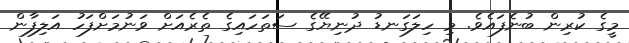
މީގެ ކުރިން ބުނެފައެވެ. މި ހިލަަގަނޑު ދުނިޔޭގެ ސަތަހައިގެ ތެރެއަށް ވަނުމަށްފަހު އަލިފާން